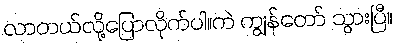
လာတယ်လို့ပြောလိုက်ပါ။ကဲ ကျွန်တော် သွားပြီ။